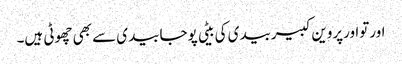
اورتواورپروین کبیربیدی کی بیٹی پوجابیدی سے بھی چھوٹی ہیں۔